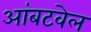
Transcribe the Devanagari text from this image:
आंबटवेल